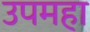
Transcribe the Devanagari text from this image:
उपमहा